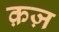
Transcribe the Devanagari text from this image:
क़ज़